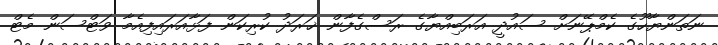
ނަތަންޔާހޫގެ ކެމްޕޭނަށް ސައުދީ އަރަބިއްޔާގެ ރަސްގެފާން ޚަރަދު ކުރިކަން ފަޅާއަރައިފިއެމާ ވަޓްސަން މެޓް